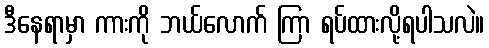
ဒီနေရာမှာ ကားကို ဘယ်လောက် ကြာ ရပ်ထားလို့ရပါသလဲ။